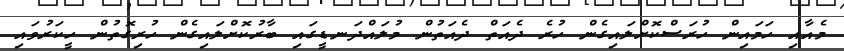
މެއާއި ހަމައިން ހުރަސްކޮށްލައިގެން ހުރެ ދެއަތް ދެއަތުން މުލައްދަނޑީގައި ބާރުކޮށްލައިގެން ހުރިގޮތުން ހީކަރުވައި